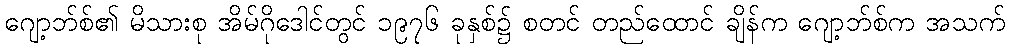
ဂျော့ဘ်စ်၏ မိသားစု အိမ်ဂိုဒေါင်တွင် ၁၉၇၆ ခုနှစ်၌ စတင် တည်ထောင် ချိန်က ဂျော့ဘ်စ်က အသက်